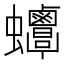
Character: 𧖋